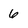
Character: 6